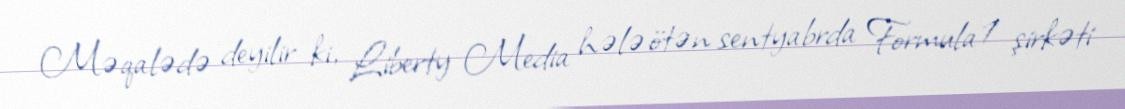
Məqalədə deyilir ki, Liberty Media hələ ötən sentyabrda Formula 1 şirkəti